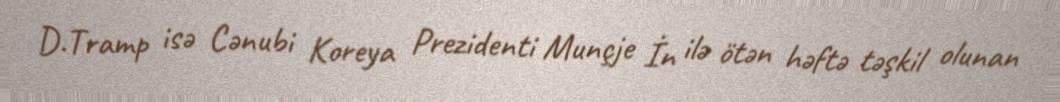
D.Tramp isə Cənubi Koreya Prezidenti Munçje İn ilə ötən həftə təşkil olunan